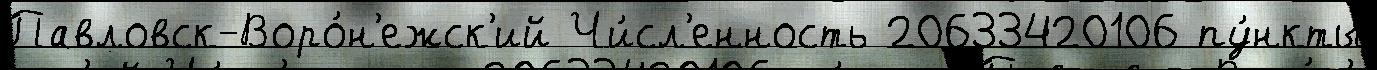
Павловск-Воро́н'ежск'ий Чи́сл'енность 20633420106 пу́нкты